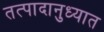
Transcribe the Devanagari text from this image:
तत्पादानुध्यात